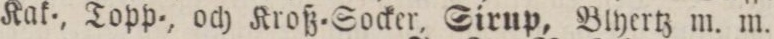
Kak-, Topp-, och Kroß=Socker, Sirup, Blyertz m. m.